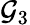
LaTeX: \mathcal{G}_{3}